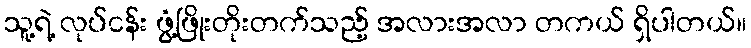
သူ့ရဲ့ လုပ်ငန်း ဖွံ့ဖြိုးတိုးတက်သည့် အလားအလာ တကယ် ရှိပါတယ်။